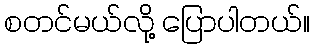
စတင်မယ်လို့ ပြောပါတယ်။